Scottish Certificate of Education, 1963
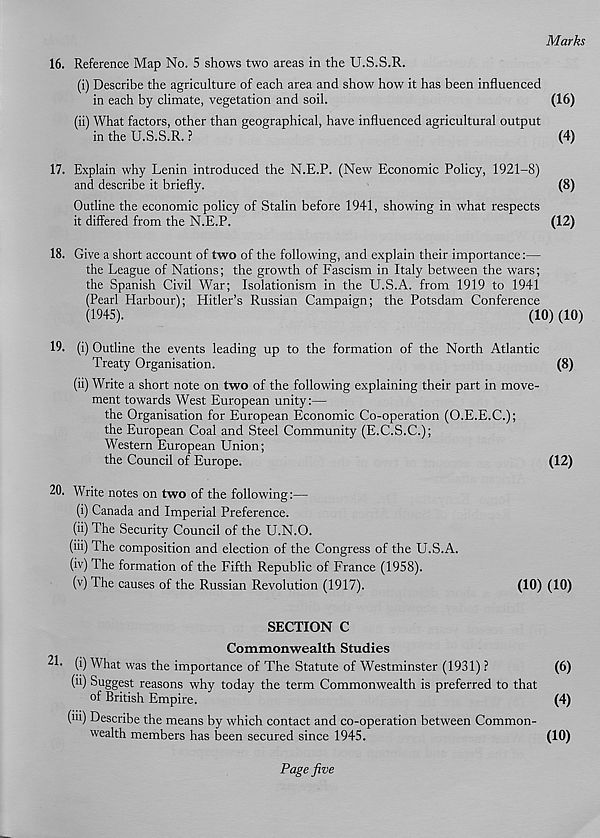
Marks
16. Reference Map No. 5 shows two areas in the U.S.S.R.
(i) Describe the agriculture of each area and show how it has been influenced
in each by climate, vegetation and soil.
(16)
(ii) What factors, other than geographical, have influenced agricultural output
in the U.S.S.R. ?
(4)
17. Explain why Lenin introduced the N.E.P. (New Economic Policy, 1921-8)
and describe it briefly.
(8)
Outline the economic policy of Stalin before 1941, showing in what respects
it differed from the N.E.P.
(12)
18. Give a short account of two of the following, and explain their importance:—
the League of Nations; the growth of Fascism in Italy between the wars;
the Spanish Civil War; Isolationism in the U.S.A. from 1919 to 1941
(Pearl Harbour); Hitler’s Russian Campaign; the Potsdam Conference
(1945).
(10) (10)
19. (i) Outline the events leading up to the formation of the North Atlantic
Treaty Organisation.
(8)
(ii) Write a short note on two of the following explaining their part in move-
ment towards West European unity:—
the Organisation for European Economic Co-operation (O.E.E.C.);
the European Coal and Steel Community (E.C.S.C.);
Western European Union;
the Council of Europe.
(12)
20. Write notes on two of the following:—
(i) Canada and Imperial Preference.
(ii) The Security Council of the U.N.O.
(iii) The composition and election of the Congress of the U.S.A.
(iv) The formation of the Fifth Republic of France (1958).
(v) The causes of the Russian Revolution (1917).
(10) (10)
SECTION C
Commonwealth Studies
2L (i) What was the importance of The Statute of Westminster (1931) ?
(6)
(ii) Suggest reasons why today the term Commonwealth is preferred to that
of British Empire.
(4)
(iii) Describe the means by which contact and co-operation between Common-
wealth members has been secured since 1945.
(10)
Page five